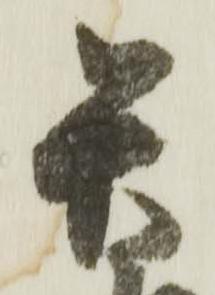
矢